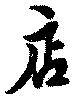
店